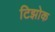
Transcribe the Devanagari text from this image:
टिझोक